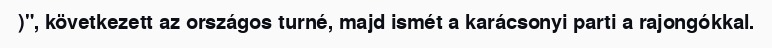
)", következett az országos turné, majd ismét a karácsonyi parti a rajongókkal.